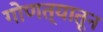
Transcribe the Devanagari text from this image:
गोणत्यातून